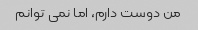
من دوست دارم، اما نمی توانم